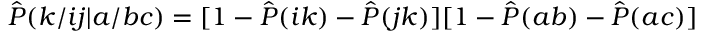
\hat { P } ( k / i j | a / b c ) = [ 1 - \hat { P } ( i k ) - \hat { P } ( j k ) ] [ 1 - \hat { P } ( a b ) - \hat { P } ( a c ) ]